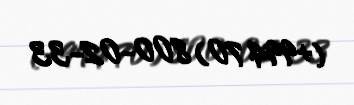
(+994 70) 800-02-33